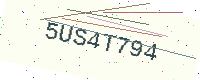
Text: 5US4T794